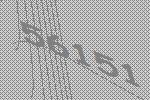
56151